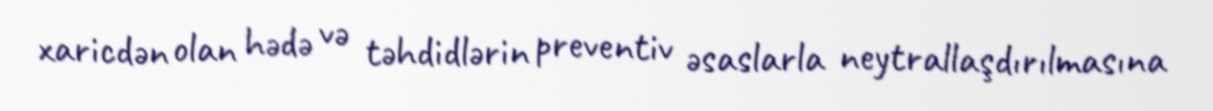
xaricdən olan hədə və təhdidlərin preventiv əsaslarla neytrallaşdırılmasına